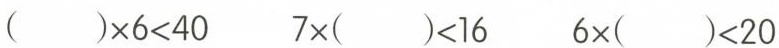
$$( ) \times 6 < 4 0$$ $$7 \times ( ) < 1 6$$ $$6 \times ( ) < 2 0$$